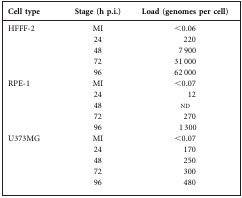
<table><thead><tr><td><b>Cell type</b></td><td><b>Stage (h p.i.)</b></td><td><b>Load (genomes per cell)</b></td></tr></thead><tbody><tr><td>HFFF-2</td><td>MI</td><td>&lt;0.06</td></tr><tr><td></td><td>24</td><td>220</td></tr><tr><td></td><td>48</td><td>7 900</td></tr><tr><td></td><td>72</td><td>31 000</td></tr><tr><td></td><td>96</td><td>62 000</td></tr><tr><td>RPE-1</td><td>MI</td><td>&lt;0.07</td></tr><tr><td></td><td>24</td><td>12</td></tr><tr><td></td><td>48</td><td>nd</td></tr><tr><td></td><td>72</td><td>270</td></tr><tr><td></td><td>96</td><td>1 300</td></tr><tr><td>U373MG</td><td>MI</td><td>&lt;0.07</td></tr><tr><td></td><td>24</td><td>170</td></tr><tr><td></td><td>48</td><td>250</td></tr><tr><td></td><td>72</td><td>300</td></tr><tr><td></td><td>96</td><td>480</td></tr></tbody></table>